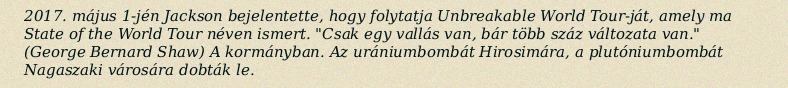
2017. május 1-jén Jackson bejelentette, hogy folytatja Unbreakable World Tour-ját, amely ma State of the World Tour néven ismert. "Csak egy vallás van, bár több száz változata van." (George Bernard Shaw) A kormányban. Az urániumbombát Hirosimára, a plutóniumbombát Nagaszaki városára dobták le.